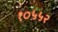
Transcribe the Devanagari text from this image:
१०५५२